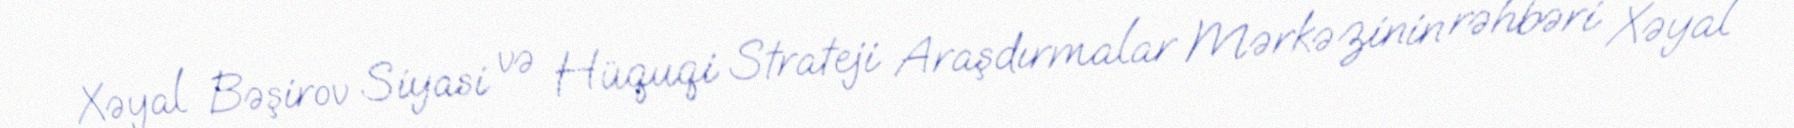
Xəyal Bəşirov Siyasi və Hüquqi Strateji Araşdırmalar Mərkəzinin rəhbəri Xəyal